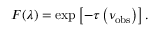
F ( \lambda ) = \exp \left[ - \tau \left( \nu _ { \mathrm { o b s } } \right) \right] .